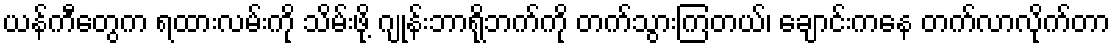
ယန်ကီတွေက ရထားလမ်းကို သိမ်းဖို့ ဂျုန်းဘာရိုဘက်ကို တက်သွားကြတယ်၊ ချောင်းကနေ တက်လာလိုက်တာ